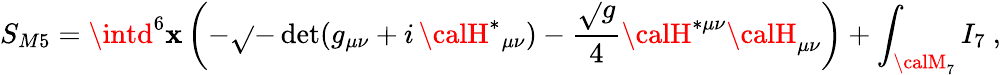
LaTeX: S_{M5}=\intd^{6}\mathbf{x}\left(-\sqrt{}{{-\operatorname*{det}(g_{\mu\nu}+i\, {\calH}^{*}{}_{\mu\nu})}}-\frac{{\sqrt{}{{g}}}}{4}{\calH}^{*\mu\nu}{\calH}_{\mu\nu}\right)+\int_{{\calM}_{7}}I_{7}\ ,